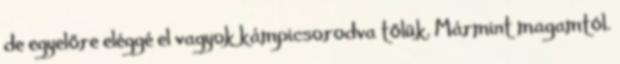
de egyelőre eléggé el vagyok kámpicsorodva tőlük. Mármint magamtól.